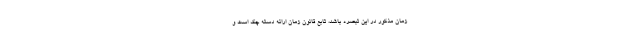
زمان مذکور در این تبصره باشد، تابع قانون زمان ارائه دسته­ چک است و